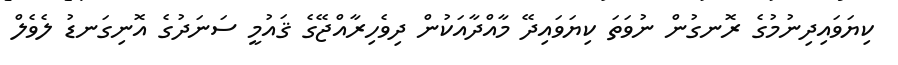
ކިޔަވައިދިނުމުގެ ރޮނގުން ނުވަތަ ކިޔަވައިދޭ މާއްދާއަކުން ދިވެހިރާއްޖޭގެ ޤައުމީ ސަނަދުގެ އޮނިގަނޑު ލެވެލް